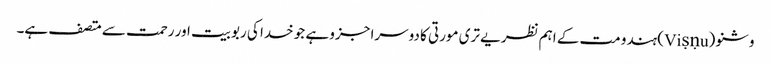
وشنو (Viṣṇu) ہندو مت کے اہم نظریے تری مورتی کا دوسرا جزو ہے جو خدا کی ربوبیت اور رحمت سے متصف ہے۔